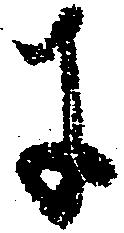
に